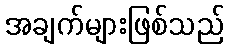
အချက်များဖြစ်သည်